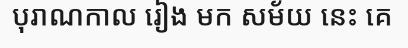
បុរាណកាល រៀង មក សម័យ នេះ គេ